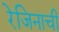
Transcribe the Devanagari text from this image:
रेजिनाची